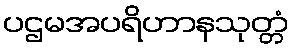
ပဌမအပရိဟာနသုတ္တံ